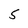
Character: 5